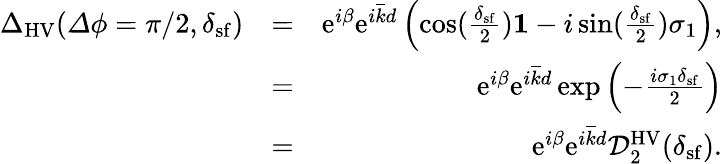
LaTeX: \begin{array}{rlr}{{\Delta}_{\mathrm{HV}}({\mathit\Delta\phi}=\pi/2,\delta_{\mathrm{sf}})}&{=}&{\mathrm{e}^{i\beta}\mathrm{e}^{i\overline{{k}}d}\left(\cos(\frac{\delta_{\mathrm{sf}}}{2}){\mathbf 1}-i\sin(\frac{\delta_{\mathrm{sf}}}{2})\sigma_{1}\right),}\\ &{=}&{\mathrm{e}^{i\beta}\mathrm{e}^{i\overline{{k}}d}\exp\left(-\frac{i\sigma_{1}{\delta_{\mathrm{sf}}}}{2}\right)}\\ &{=}&{\mathrm{e}^{i\beta}\mathrm{e}^{i\overline{{k}}d}\mathcal{D}_{2}^{\mathrm{HV}}(\delta_{\mathrm{sf}}).}\end{array}